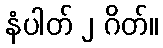
နံပါတ် ၂ ဂိတ်။